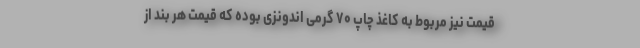
قیمت نیز مربوط به کاغذ چاپ ۷۰ گرمی اندونزی بوده که قیمت هر بند از